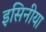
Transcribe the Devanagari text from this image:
इसिनीया